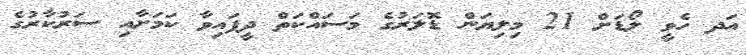
އަދ ހެވީ ލޯޑަށް 21 މިލިޔަން ޑޮލަރުގެ މަސައްކަތް ދީފައިވާ ކަމަށާއި ސަރުކާރުގެ